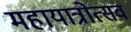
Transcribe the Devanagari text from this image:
महायात्रोत्सव